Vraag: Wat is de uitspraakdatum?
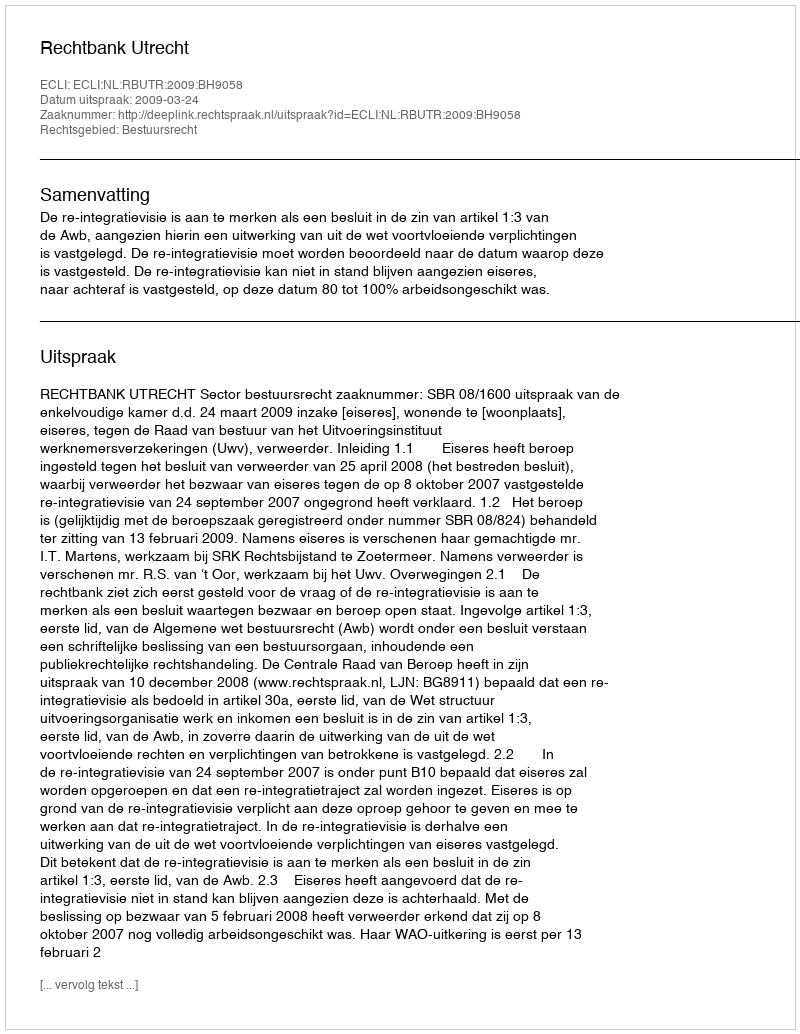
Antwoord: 2009-03-24